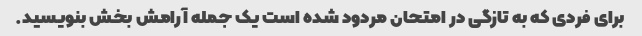
برای فردی که به تازگی در امتحان مردود شده است یک جمله آرامش بخش بنویسید.